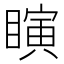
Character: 瞚